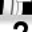
Digit: 2